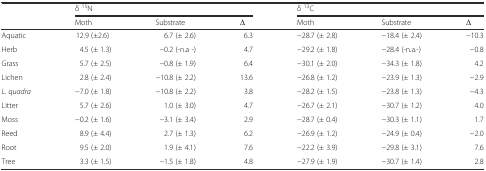
| <ROWSPAN=2>  | <COLSPAN=3> δ 15N | <COLSPAN=3> δ 13C |
 | Moth | Substrate | Δ | Moth | Substrate | Δ |
 | --- | --- | --- | --- | --- | --- | --- |
 | Aquatic | 12.9 (±2.6) | 6.7 (± 2.6) | 6.3 | −28.7 (± 2.8) | −18.4 (± 2.4) | −10.3 |
 | Herb | 4.5 (± 1.3) | −0.2 (-n.a -) | 4.7 | −29.2 (± 1.8) | −28.4 (-n.a.-) | −0.8 |
 | Grass | 5.7 (± 2.5) | −0.8 (± 1.9) | 6.4 | −30.1 (± 2.0) | −34.3 (± 1.8) | 4.2 |
 | Lichen | 2.8 (± 2.4) | −10.8 (± 2.2) | 13.6 | −26.8 (± 1.2) | −23.9 (± 1.3) | −2.9 |
 | L. quadra | −7.0 (± 1.8) | −10.8 (± 2.2) | 3.8 | −28.2 (± 1.5) | −23.8 (± 1.3) | −4.3 |
 | Litter | 5.7 (± 2.6) | 1.0 (± 3.0) | 4.7 | −26.7 (± 2.1) | −30.7 (± 1.2) | 4.0 |
 | Moss | −0.2 (± 1.6) | −3.1 (± 3.4) | 2.9 | −28.7 (± 0.4) | −30.3 (± 1.1) | 1.7 |
 | Reed | 8.9 (± 4.4) | 2.7 (± 1.3) | 6.2 | −26.9 (± 1.2) | −24.9 (± 0.4) | −2.0 |
 | Root | 9.5 (± 2.0) | 1.9 (± 4.1) | 7.6 | −22.2 (± 3.9) | −29.8 (± 3.1) | 7.6 |
 | Tree | 3.3 (± 1.5) | −1.5 (± 1.8) | 4.8 | −27.9 (± 1.9) | −30.7 (± 1.4) | 2.8 |